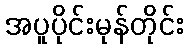
အပူပိုင်းမုန်တိုင်း